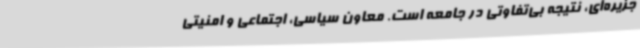
جزیره‌ای، نتیجه بی‌تفاوتی در جامعه است. معاون سیاسی، اجتماعی و امنیتی